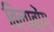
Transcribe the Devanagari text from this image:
बिलाबोंग